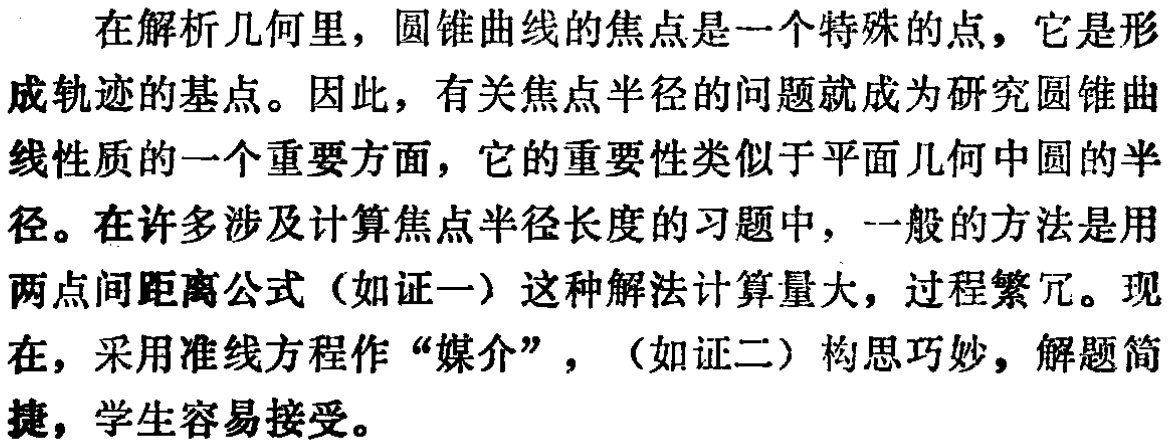
在解析几何里，圆锥曲线的焦点是一个特殊的点，它是形成轨迹的基点。因此，有关焦点半径的问题就成为研究圆锥曲线性质的一个重要方面，它的重要性类似于平面几何中圆的半径。在许多涉及计算焦点半径长度的习题中，一般的方法是用两点间距离公式（如证一）这种解法计算量大，过程繁冗。现在，采用准线方程作“媒介”，（如证二）构思巧妙，解题简捷，学生容易接受。